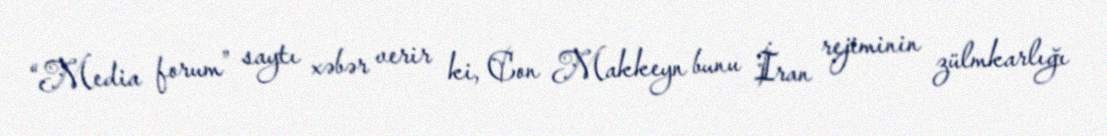
“Media forum” saytı xəbər verir ki, Con Makkeyn bunu İran rejiminin zülmkarlığı